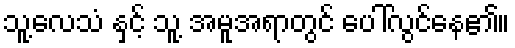
သူ့လေသံ နှင့် သူ့ အမူအရာတွင် ပေါ်လွင်နေ၏။